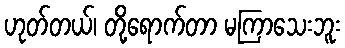
ဟုတ်တယ်၊ တို့ရောက်တာ မကြာသေးဘူး